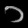
Digit: ၁